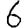
Digit: 6